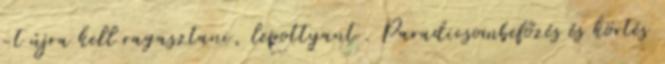
-t újra kell ragasztani, lepottyant . Paradicsombefőzés és körtés